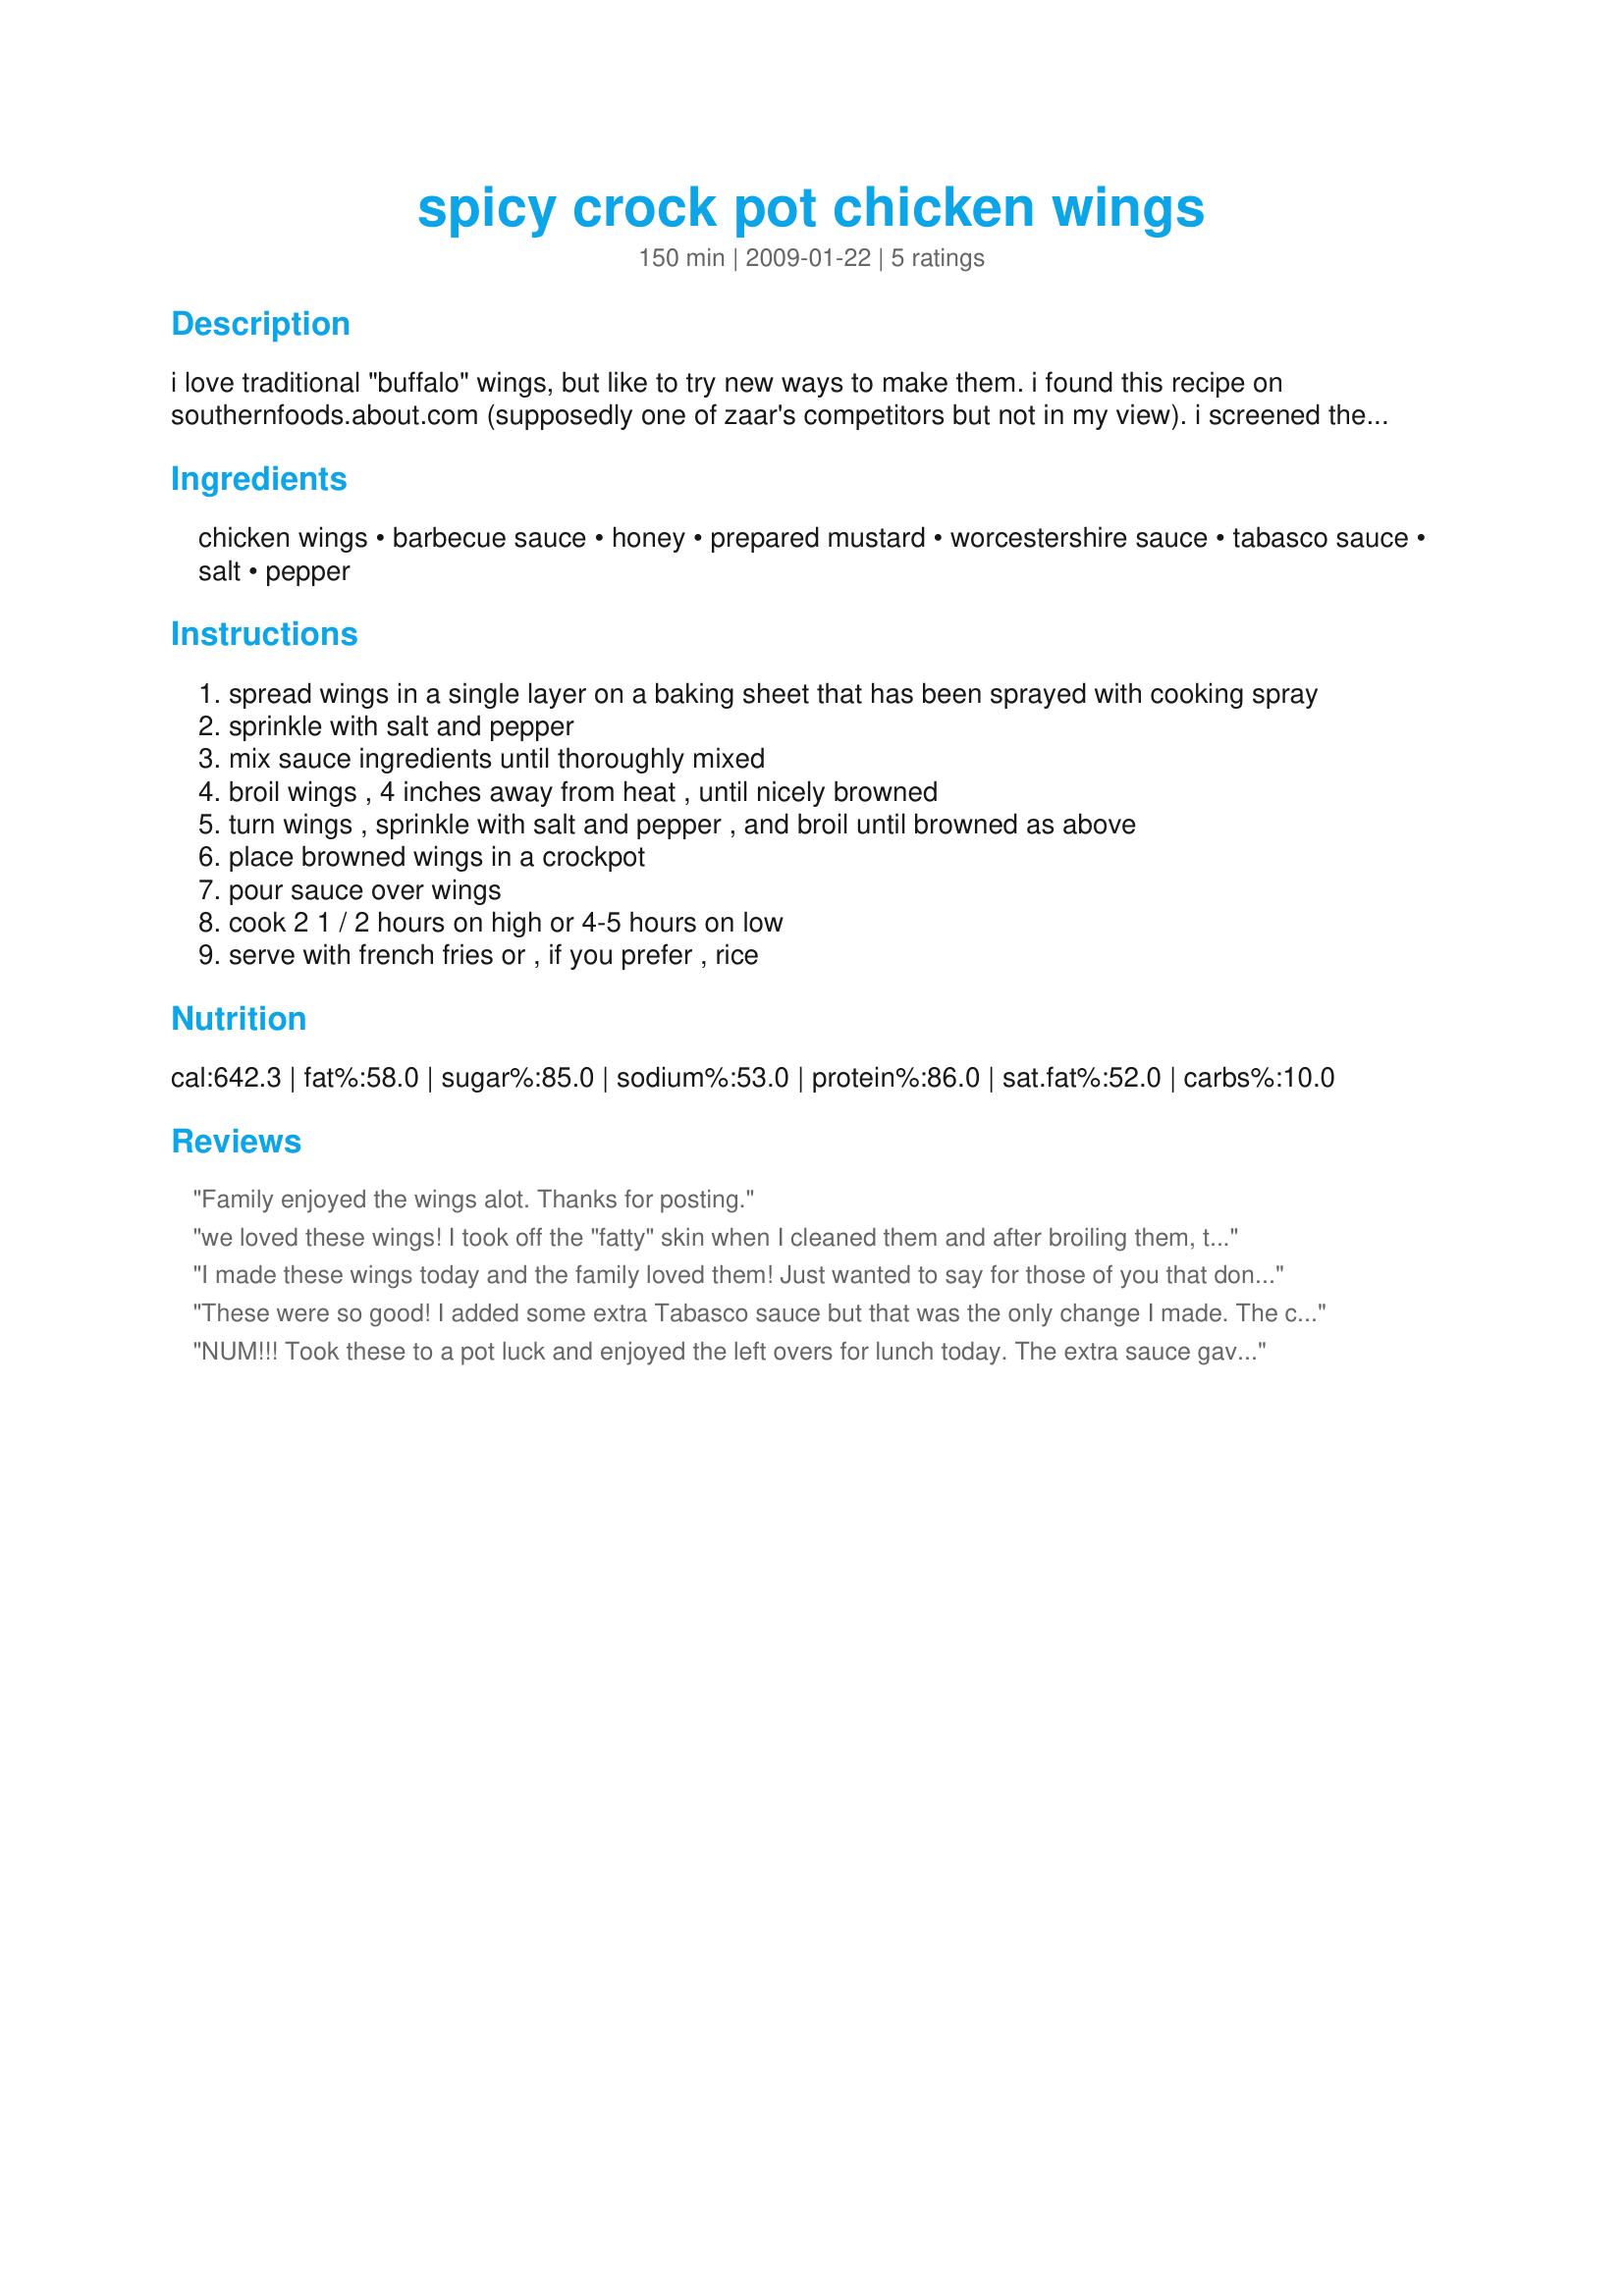
spicy crock pot chicken wings
Preparation time: 150 minutes

i love traditional "buffalo" wings, but like to try new ways to make them. i found this recipe on southernfoods.about.com (supposedly one of zaar's competitors but not in my view). i screened the wing recipes on zaar's site but didn't find any duplicates. i know you'll like the simplicity and taste of this wing variation as much as we did.

Ingredients:
chicken wings, barbecue sauce, honey, prepared mustard, worcestershire sauce, tabasco sauce, salt, pepper

Steps:
spread wings in a single layer on a baking sheet that has been sprayed with cooking spray
sprinkle with salt and pepper
mix sauce ingredients until thoroughly mixed
broil wings , 4 inches away from heat , until nicely browned
turn wings , sprinkle with salt and pepper , and broil until browned as above
place browned wings in a crockpot
pour sauce over wings
cook 2 1 / 2 hours on high or 4-5 hours on low
serve with french fries or , if you prefer , rice

Reviews:
Family enjoyed the wings alot. Thanks for posting.
we loved these wings! I took off the "fatty" skin when I cleaned them and after broiling them, there was very little fat left. Cooking them in the crockpot with the sauce made them so flavorful, but not greasy at all! Will be making these again soon!
I made these wings today and the family loved them! Just wanted to say for those of you that don&#039;t particularly care for honey (like me), this recipe is great without it. I just used a bit extra bbq sauce and used more Tabasco sauce to spice it up a bit more. So yummy!! Thank you so much for this recipe!
These were so good! I added some extra Tabasco sauce but that was the only change I made. The chicken meat was so tender it was falling off the bones. I am going to try this using Franks Hot Sauce to make spicy wings. Thanks for a great recipe!
NUM!!! Took these to a pot luck and enjoyed the left overs for lunch today. The extra sauce gave zip to the rice I fixed for dinner tonight. Great recipe.
Nancee
